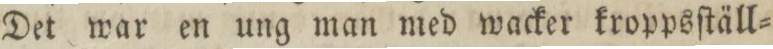
Det war en ung man med wacker kroppsſtäll=